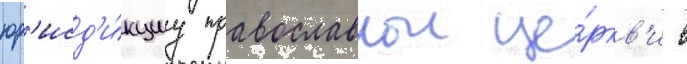
юр'исд'и́кциу православнои це́ркв'и в